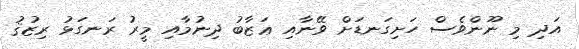
އަދި މި ނޫންވެސް ހަށިގަނޑަށް ވޭނާއި ޢަޒާބު ދިނުމާއި މީރު ރަނގަޅު ރިޒުޤު